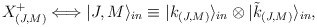
\begin{align*}X^+_{(J, M)} \Longleftrightarrow |J, M\rangle_{in} \equiv |k_{(J, M)}\rangle_{in} \otimes |\tilde{k}_{(J, M)}\rangle_{in}, \end{align*}